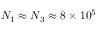
N _ { 1 } \approx N _ { 3 } \approx 8 \times 1 0 ^ { 5 }